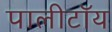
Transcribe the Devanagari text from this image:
पालीटॉय